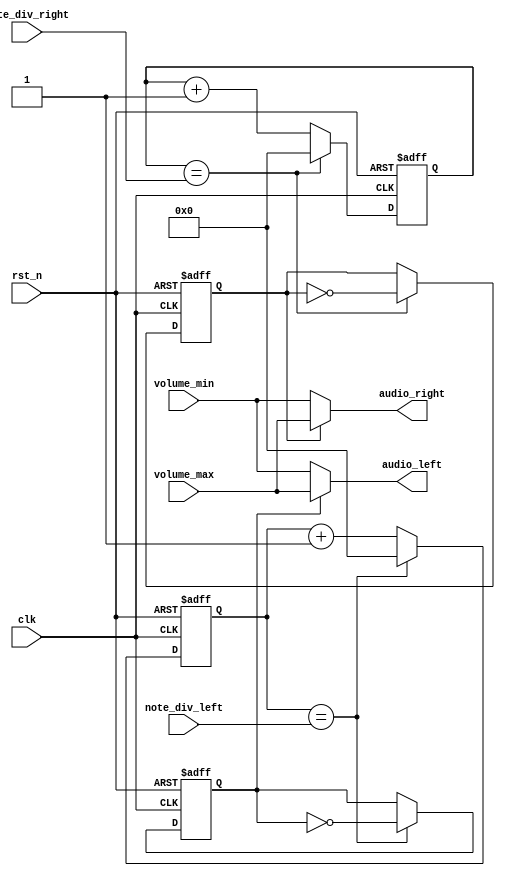
`timescale 1ns / 1ps
//////////////////////////////////////////////////////////////////////////////////
// Company: 
// Engineer: 
// 
// Design Name: 
// Module Name: note_gen
// Project Name: 
// Target Devices: 
// Tool Versions: 
// Description: 
// 
// Dependencies: 
// 
// Revision:
// Revision 0.01 - File Created
// Additional Comments:
// 
//////////////////////////////////////////////////////////////////////////////////


module note_gen( 
    clk, // clock from crystal 
    rst_n, // active low reset
    volume_max,
    volume_min, 
    note_div_left, // div for note generation
    note_div_right, 
    audio_left, // left sound audio 
    audio_right // right sound audio
);

input clk; // clock from crystal
input rst_n; // active low reset
input [15:0] volume_max;
input [15:0] volume_min;
input [21:0] note_div_left; // div for note generation
input [21:0] note_div_right; // div for note generation
output [15:0] audio_left; // left sound audio
output [15:0] audio_right; // right sound audio

// Declare internal signals
reg [21:0] clk_cnt_left_next, clk_cnt_left, clk_cnt_right_next, clk_cnt_right;
reg b_clk_left, b_clk_left_next, b_clk_right, b_clk_right_next; // Note frequency generation

always @(posedge clk or negedge rst_n)
if (~rst_n) begin 
clk_cnt_left <= 22'd0; 
b_clk_left <= 1'b0; 
end else begin 
clk_cnt_left <= clk_cnt_left_next; 
b_clk_left <= b_clk_left_next; 
end

always @* 
if (clk_cnt_left == note_div_left) begin 
clk_cnt_left_next = 22'd0; 
b_clk_left_next = ~b_clk_left; 
end else begin 
clk_cnt_left_next = clk_cnt_left + 1'b1; 
b_clk_left_next = b_clk_left; 
end

always @(posedge clk or negedge rst_n) 
if (~rst_n) begin 
clk_cnt_right <= 22'd0; 
b_clk_right <= 1'b0; 
end else begin 
clk_cnt_right <= clk_cnt_right_next; 
b_clk_right <= b_clk_right_next; 
end

always @* 
if (clk_cnt_right == note_div_right) begin 
clk_cnt_right_next = 22'd0; 
b_clk_right_next = ~b_clk_right; 
end else begin 
clk_cnt_right_next = clk_cnt_right + 1'b1; 
b_clk_right_next = b_clk_right; 
end 

// Assign the amplitude of the note
assign audio_left = (b_clk_left == 1'b0) ? volume_min : volume_max;
assign audio_right = (b_clk_right == 1'b0) ? volume_min : volume_max;

endmodule